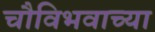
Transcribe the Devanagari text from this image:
चौविभवाच्या